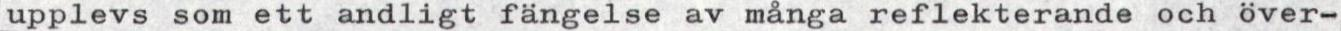
upplevs som ett andligt fängelse av många reflekterande och över-